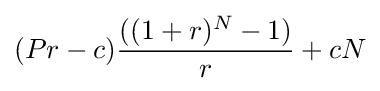
(Pr-c){\frac {((1+r)^{N}-1)}{r}}+cN